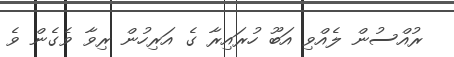
ރުއްސުން ލެއްވި އަބޫ ހުރައިރާ ގެ އަރިހުން ރިވާ ވެގެން ވެ